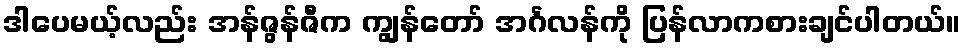
ဒါပေမယ့်လည်း အန်ဇွန်ဇီက ကျွန်တော် အင်္ဂလန်ကို ပြန်လာကစားချင်ပါတယ်။